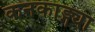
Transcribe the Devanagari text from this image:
कनकाङ्ग्या